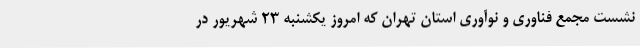
نشست مجمع فناوری و نوآوری استان تهران که امروز یکشنبه 23 شهریور در